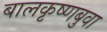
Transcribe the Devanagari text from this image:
बालकृष्णबुवा